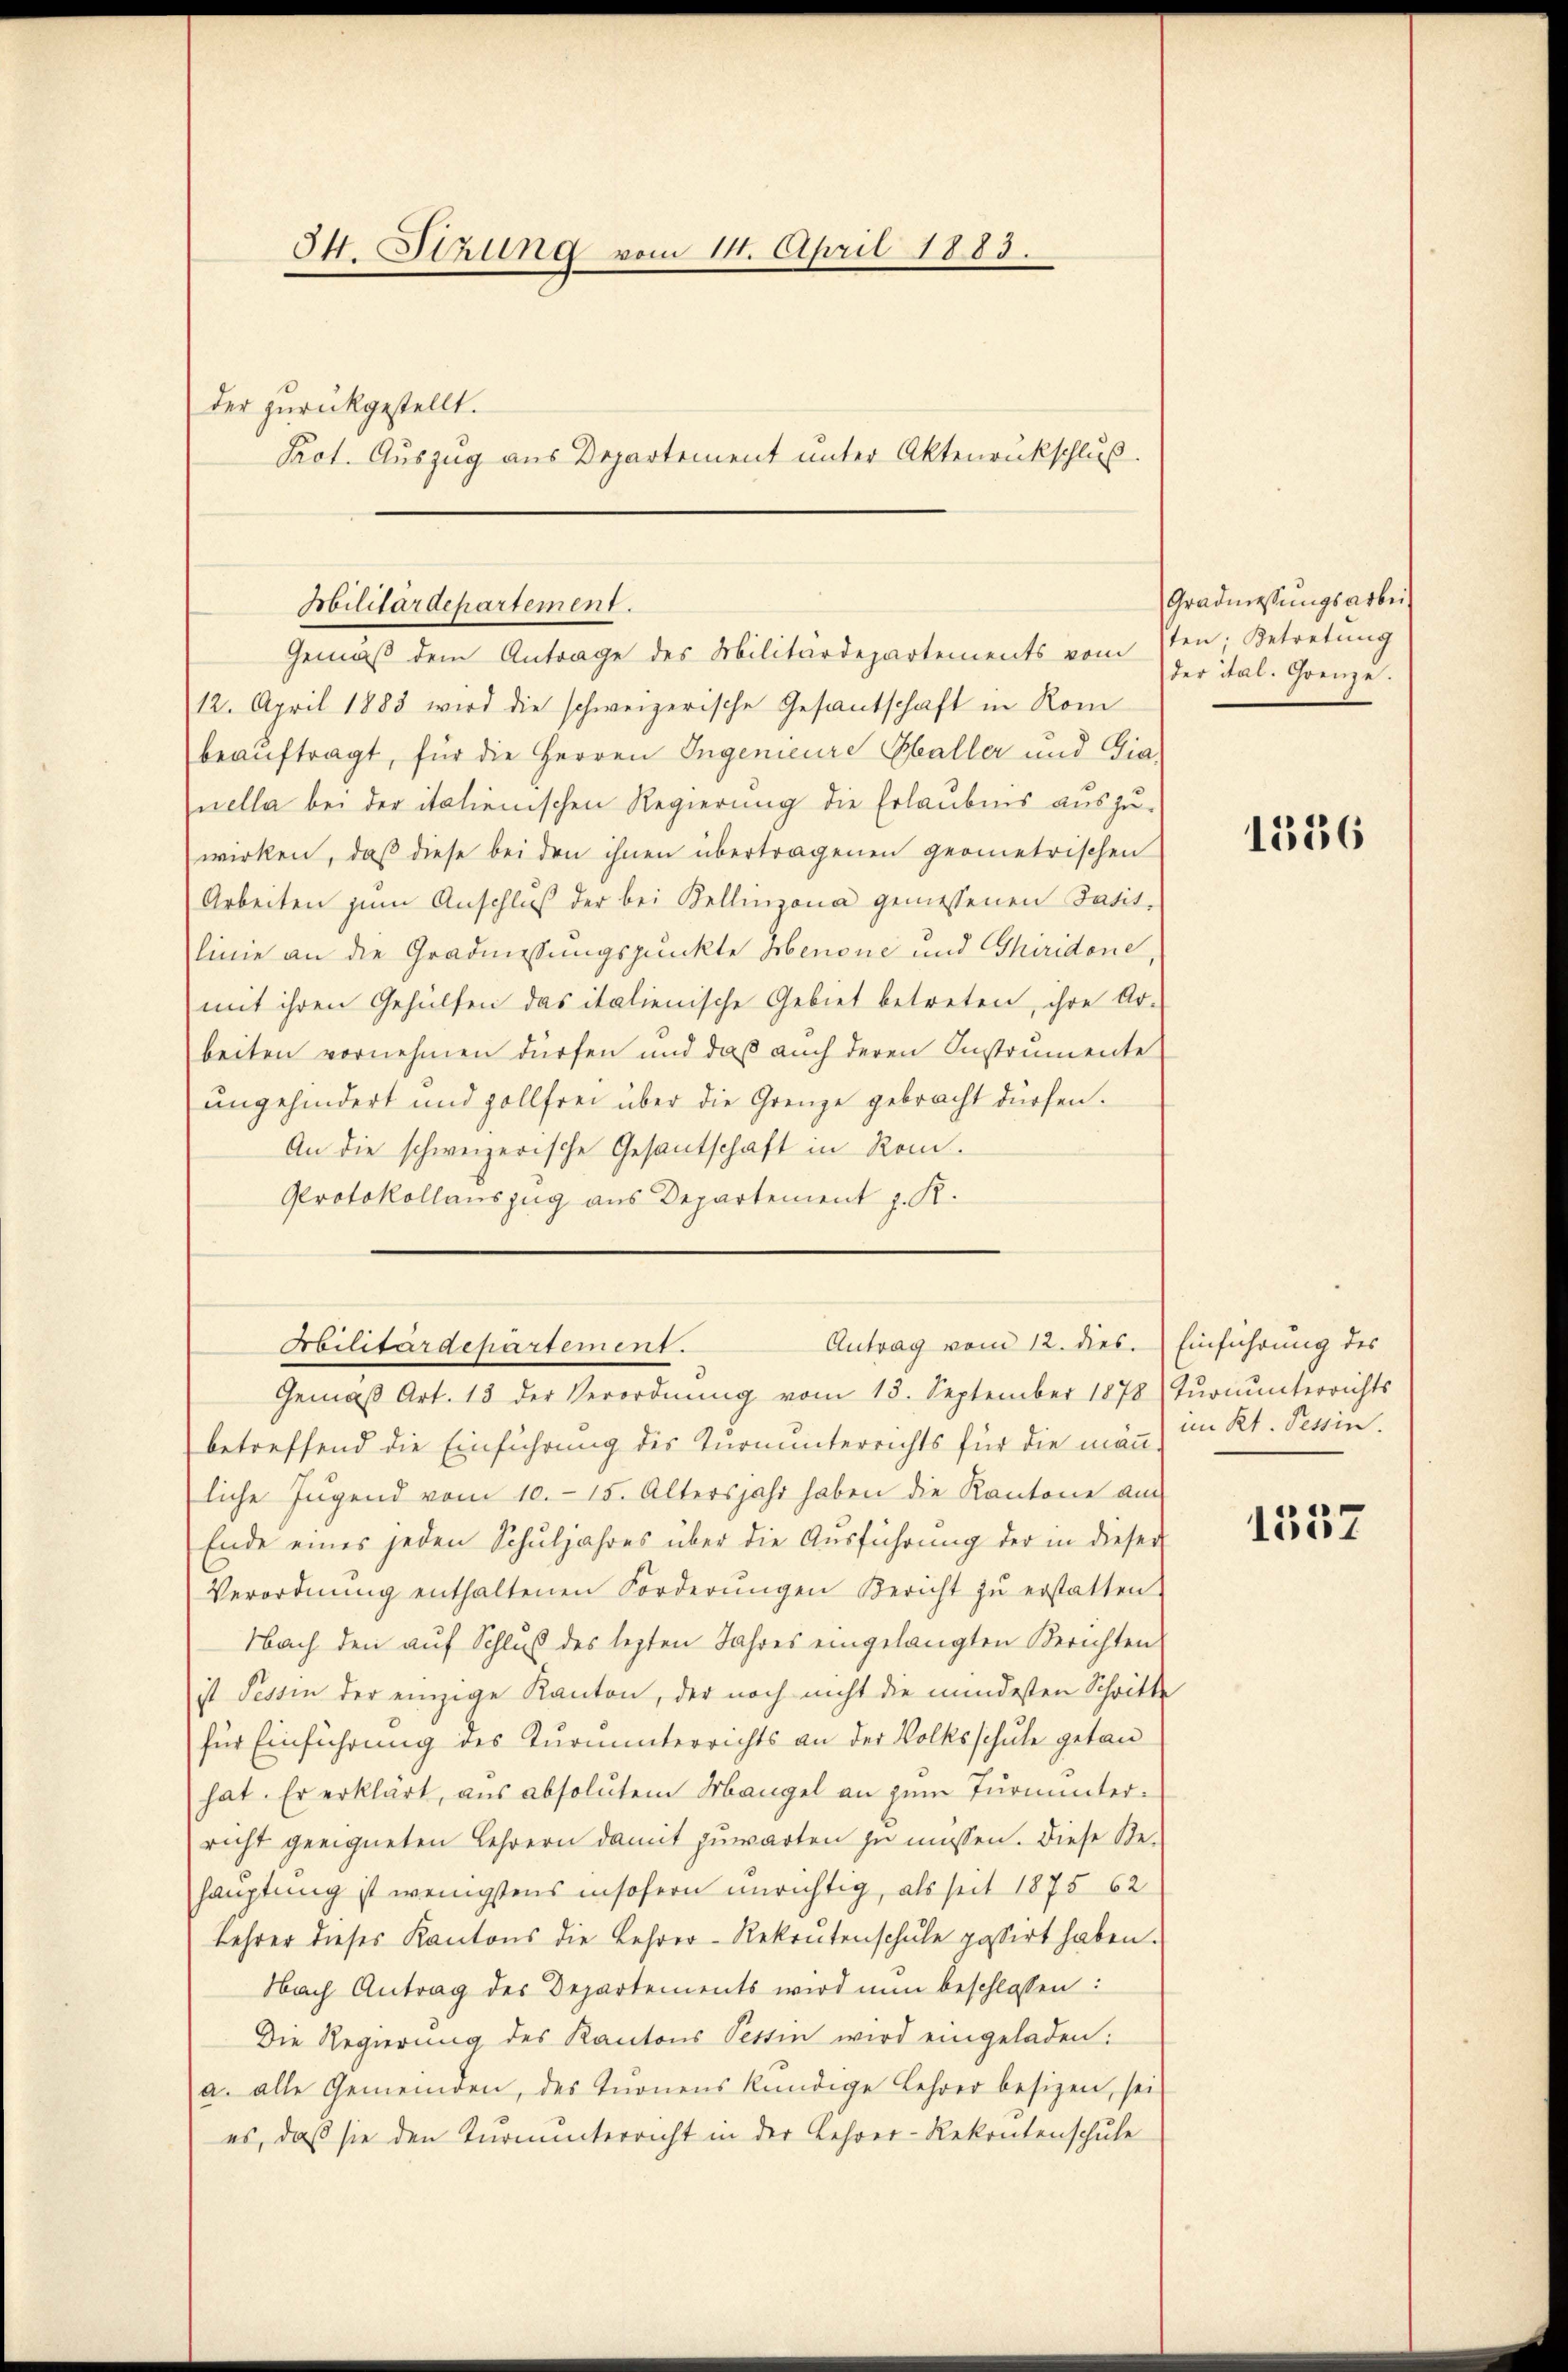
I. Sitzung vom 11. April 1883.
der zurückgestellt.
Pact. Auszug aus Departement unter Aktenankschluß.

Militärdepartement.

Gemäβ dem Antrage des Militärdepartements vom 7ten; Betretŭng
12. April 1883 wird die schweizerische Gesantschaft in Rom
beauftragt, für die Herren Ingenieure Challer und Gia-
nella bei der italienischen Regierung die Erlaubnis auszu-
wirken, daß diese bei den ihnen übertragenen geometrischen
Arbeiten zŭm Anschlŭβ der bei Bellinzona gemessenen Satit-
linie an die Gradmessungspunkte Menone und Ghiridone,
mit ihren Gehülfen das italienische Gebiet betreten, ihre Ar-
beiten vornehmen dürfen und daß auch deren Instrumente
ungehindert und zollfrei über die Grenze gebracht dürfen.
An die schweizerische Gesantschaft in Rom.
Protokollauszug aus Departement z. K.
Gemäβ Art. 13 der Verordnŭng vom 13. September 1878 (Tŭrnŭnterrichts
betreffend die Einführung des Turnunterrichts für die man in Kt. Tessin.
liche Jugend vom 10. 15. Altersjahr haben die Kantone am
Ende eines jeden Schŭljahres über die Aŭsführŭng der in dieser
Verordnŭng enthaltenen Forderŭngen Bericht zŭ erstatten.
Nach den auf Schluß des lezten Jahres eingelangten Berichten
ist Tessin der einzige Kanton, der noch nicht die mindesten Schritte
für Einführung des Turnunterrichts an der Volksschule getan
hat. Er erklärt, aus absolutem Mangel an zum Turnunterricht geeigneten Lehrern damit zuwarten zu müssen. Diese Be-
hauptung ist wenigstens insofern unrichtig, als seit 1875 62
Lehrer dieses Kantons die Lehrer-Rekrutenschule passirt haben.
Nach Antrag des Departements wird nun beschlossen:
Die Regierung des Kantons Tessin wird eingeladen:
a. alle Gemeinden, des tuonens kündige Lehrer besizen, sei
es, daß sie den Turnunterricht in der Lehrer-Rekontenschule

Antrag vom 12. dies
Obilitärdepartement.

Gradmessungsarbei,
der ital. Grenze.

1386

Einführung des

1557